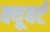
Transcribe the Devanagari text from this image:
क्यूबर्ट